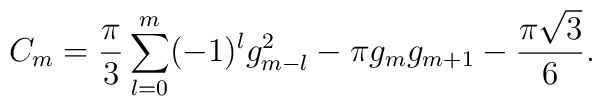
C_m = {\pi\over 3} \sum_{l=0}^m (-1)^l g_{m-l}^2 -\pi  g_m g_{m+1} -{ \pi{\sqrt 3} \over 6}.